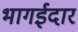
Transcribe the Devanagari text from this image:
भागईदार